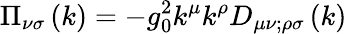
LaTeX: \Pi_{\nu\sigma}\left(k\right)=-g_{0}^{2}k^{\mu}k^{\rho}D_{\mu\nu;\rho\sigma}\left(k\right)